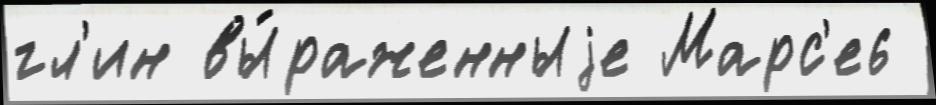
гл'ин вы́раженныjе Марс'е6